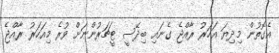
އެގޮތުން މިދިޔަ އަހަރު ރާއްޖެ ގެނައި ބިދޭސީ ޓީޗަރުންނަށް ވުރެ މިއަހަރު ރާއްޖެ